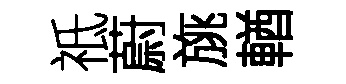
祗蔚旐輶